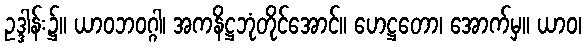
ဥဒ္ဒါန်း၌။ ယာဝဘဝဂ္ဂါ၊ အကနိဋ္ဌဘုံတိုင်အောင်။ ဟေဋ္ဌတော၊ အောက်မှ။ ယာဝ၊